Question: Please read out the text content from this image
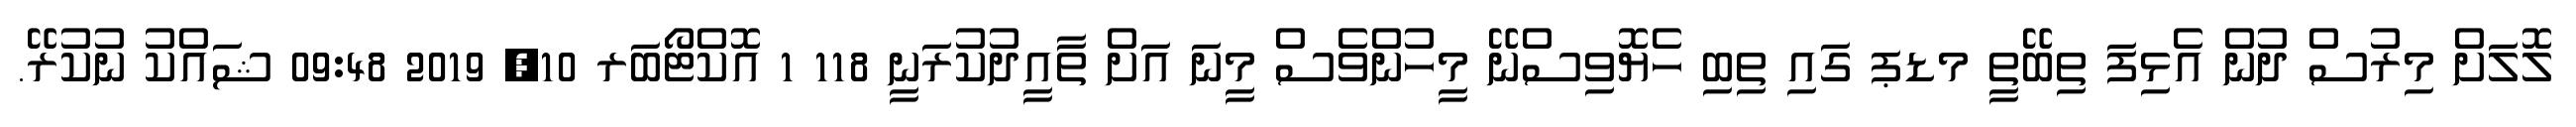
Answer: ލޮލަށް މިރުސް ދުން އެޅިފަ ތިބޭތީ މޑޕ ގައި ތިބި ހެޔޮވިސްނޭ މީހުންވެސް މީނަ އަށް ތާއީދުކުރަނީ 118 1 އޮކްޓޯބަރ 10, 2019 09:48 ޝައްކު ނުކުރޭ.